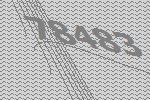
78483